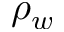
\rho _ { w }